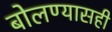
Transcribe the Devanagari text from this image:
बोलण्यासही